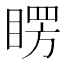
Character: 𥈮